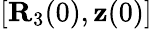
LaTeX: [{\mathbf R}_{3}(0),{\mathbf z}(0)]